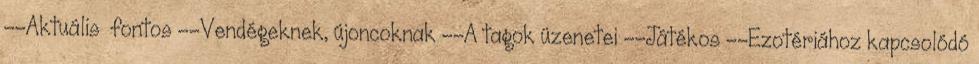
--Aktuális fontos --Vendégeknek, újoncoknak --A tagok üzenetei --Játékos --Ezotériához kapcsolódó